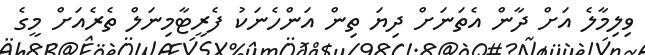
ވިލިމާލެ އަށް ދާން އެތަނަށް ދިޔަ ތިން އަންހެނަކު ފެރީޓާމިނަލް ތެރެއަށް މީގެ